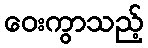
ဝေးကွာသည့်